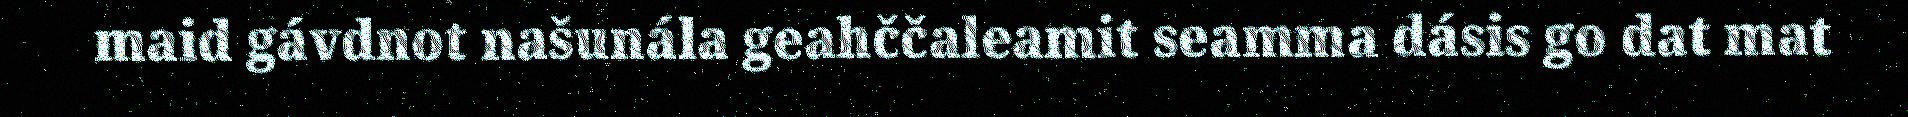
maid gávdnot našunála geahččaleamit seamma dásis go dat mat